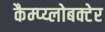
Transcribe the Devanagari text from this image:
कैम्प्य्लोबक्टेर